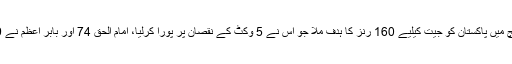
ڈبلن میں کھیلے گئے میچ میں پاکستان کو جیت کیلیے 160 رنز کا ہدف ملا جو اس نے 5 وکٹ کے نقصان پر پورا کرلیا، امام الحق 74 اور بابر اعظم نے 59 رنز کی اننگز کھیلی۔